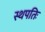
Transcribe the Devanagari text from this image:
स्थपतिः